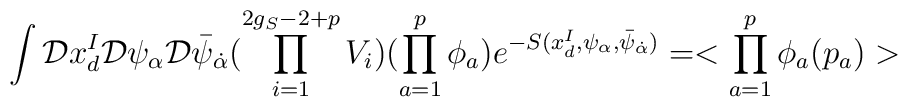
\int  {\cal D}x^I_d{\cal D}\psi_{\alpha}{\cal D}\bar \psi_{\dot\alpha}(\prod_{i=1}^{2g_S-2+p}V_i) (\prod_{a=1}^p \phi_a) e^{-S(x^I_d,\psi_{\alpha},\bar\psi_{\dot\alpha})}= <\prod_{a=1}^p \phi_a(p_a)>